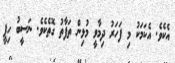
އެކެވެ. އެކަމަކު މި ފަހަރު ދިމާވީ މުޅިން ތަފާތު ގޮތެކެވެ. ނަސީބު ހިފީ